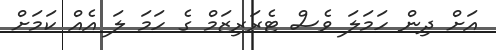
އަށް ދިން ހަމަލަ ވެސް ޓެރަރިޒަމް ގެ ހަމަ ލަ އެއް ކަމަށް